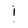
Character: i